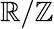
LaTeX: \mathbb{R}/\mathbb{Z}